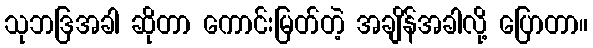
သုဘဒြအခါ ဆိုတာ ကောင်းမြတ်တဲ့ အချိန်အခါလို့ ပြောတာ။